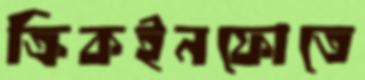
ক্রিকইনফোতে